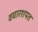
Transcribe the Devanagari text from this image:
वघारशपत